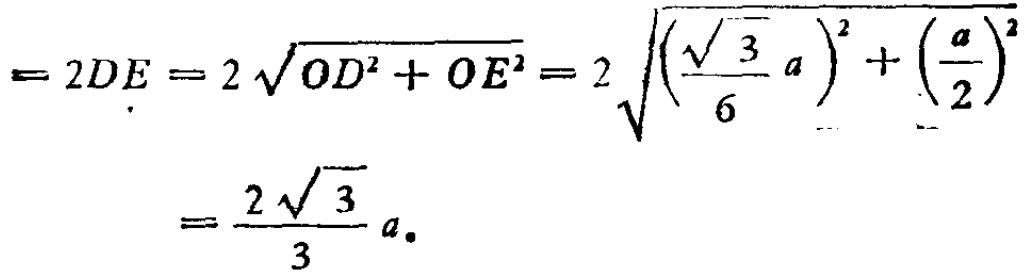
\[

\begin{align*}

= 2DE&=2\sqrt{OD^{2}+OE^{2}} = 2\sqrt{\left(\frac{\sqrt{3}}{6}a\right)^{2}+\left(\frac{a}{2}\right)^{2}}\\

&=\frac{2\sqrt{3}}{3}a.

\end{align*}

\]